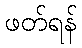
ဖတ်ရန်